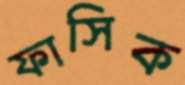
ফাসিক